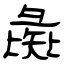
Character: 彘